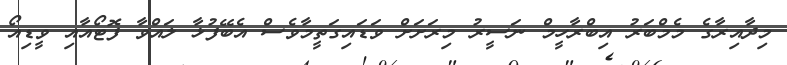
މިދާއިރާގެ މެމްބަރު އިބްރާހީމް ނަސީރު މިރަށަށް ވަޑައިގަތީމާވެސް އެބޭފުޅާ ލައްވާ ފޮޓޯއާއި ވީޑިއޯ